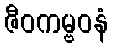
ဇီဝကမ္ဗဝနံ